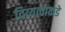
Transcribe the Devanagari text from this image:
दिव्यत्वाकडे